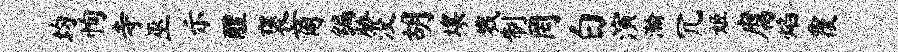
均恂寺巫示醴褒商编胁没胡壤戮制罔白演瀚冗姬腐焰覆